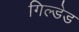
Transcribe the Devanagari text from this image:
गिल्डेड